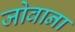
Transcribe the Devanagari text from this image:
जोवाना